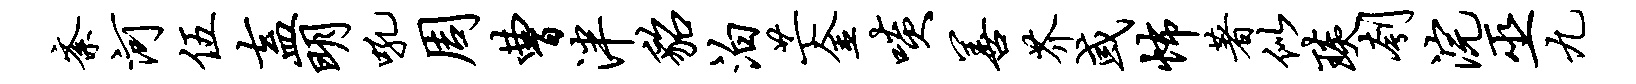
紊河伍盍明吼周曹泮貂泊芒金啖善芥或怖著似琰刳浣巫九